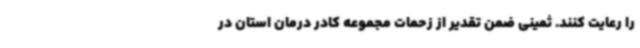
را رعایت کنند. ثمینی ضمن تقدیر از زحمات مجموعه کادر درمان استان در